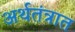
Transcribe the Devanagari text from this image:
अर्थतंत्रात